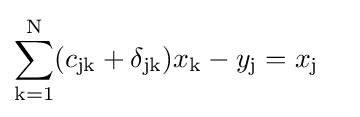
{\begin{aligned}\sum _{\mathrm {k=1} }^{\mathrm {N} }(c_{\mathrm {jk} }+\delta _{\mathrm {jk} })x_{\mathrm {k} }-y_{\mathrm {j} }&=x_{\mathrm {j} }\end{aligned}}